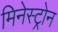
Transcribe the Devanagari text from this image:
मिनेस्ट्रोन